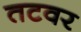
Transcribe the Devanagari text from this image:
तटवर